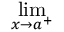
\operatorname* { l i m } _ { x \to a ^ { + } }